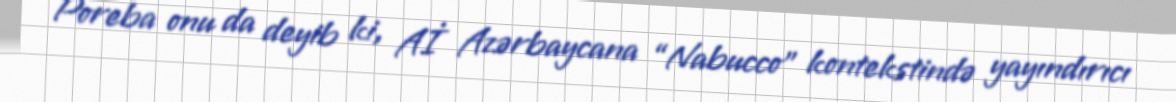
Poreba onu da deyib ki, Aİ Azərbaycana “Nabucco” kontekstində yayındırıcı